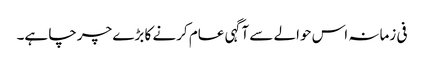
فی زمانہ اس حوالے سے آگہی عام کرنے کا بڑے چرچا ہے۔